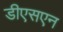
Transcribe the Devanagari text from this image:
डीएसएन